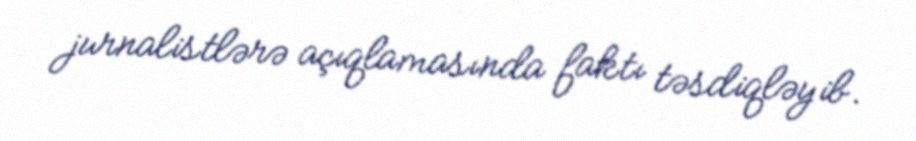
jurnalistlərə açıqlamasında faktı təsdiqləyib.